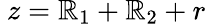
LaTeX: \ z=\mathbb{R}_{1}+\mathbb{R}_{2}+r